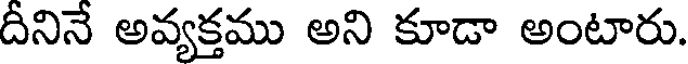
దీనినే అవ్యక్తము అని కూడా అంటారు.